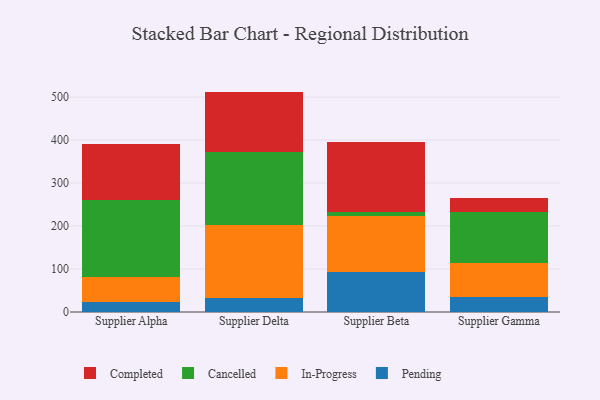
{"axis": {"x": "Supplier", "y": "Humidity (%)"}, "legend": ["Cancelled", "Completed", "In-Progress", "Pending"], "data": [{"x": "Supplier Alpha", "y": 23.8, "type": "Pending"}, {"x": "Supplier Alpha", "y": 56.5, "type": "In-Progress"}, {"x": "Supplier Alpha", "y": 179.8, "type": "Cancelled"}, {"x": "Supplier Alpha", "y": 130.7, "type": "Completed"}, {"x": "Supplier Delta", "y": 32.2, "type": "Pending"}, {"x": "Supplier Delta", "y": 170.1, "type": "In-Progress"}, {"x": "Supplier Delta", "y": 168.9, "type": "Cancelled"}, {"x": "Supplier Delta", "y": 141.5, "type": "Completed"}, {"x": "Supplier Beta", "y": 92.3, "type": "Pending"}, {"x": "Supplier Beta", "y": 131.0, "type": "In-Progress"}, {"x": "Supplier Beta", "y": 8.3, "type": "Cancelled"}, {"x": "Supplier Beta", "y": 163.1, "type": "Completed"}, {"x": "Supplier Gamma", "y": 34.3, "type": "Pending"}, {"x": "Supplier Gamma", "y": 80.6, "type": "In-Progress"}, {"x": "Supplier Gamma", "y": 117.5, "type": "Cancelled"}, {"x": "Supplier Gamma", "y": 33.5, "type": "Completed"}]}